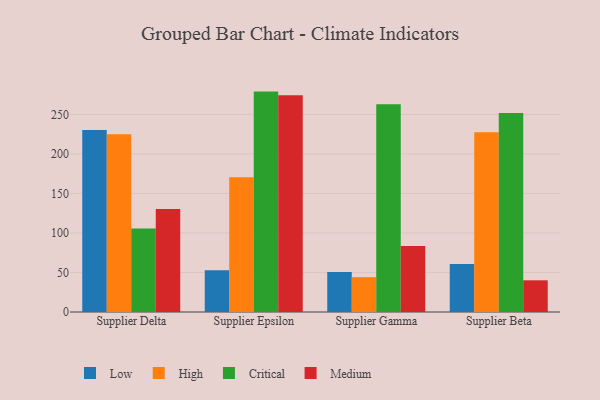
{"axis": {"x": "Supplier", "y": "Active Users"}, "legend": ["Critical", "High", "Low", "Medium"], "data": [{"x": "Supplier Delta", "y": 230.1, "type": "Low"}, {"x": "Supplier Delta", "y": 224.9, "type": "High"}, {"x": "Supplier Delta", "y": 105.6, "type": "Critical"}, {"x": "Supplier Delta", "y": 130.2, "type": "Medium"}, {"x": "Supplier Epsilon", "y": 52.9, "type": "Low"}, {"x": "Supplier Epsilon", "y": 170.4, "type": "High"}, {"x": "Supplier Epsilon", "y": 278.8, "type": "Critical"}, {"x": "Supplier Epsilon", "y": 274.3, "type": "Medium"}, {"x": "Supplier Gamma", "y": 50.7, "type": "Low"}, {"x": "Supplier Gamma", "y": 44.1, "type": "High"}, {"x": "Supplier Gamma", "y": 262.8, "type": "Critical"}, {"x": "Supplier Gamma", "y": 83.4, "type": "Medium"}, {"x": "Supplier Beta", "y": 60.7, "type": "Low"}, {"x": "Supplier Beta", "y": 227.5, "type": "High"}, {"x": "Supplier Beta", "y": 251.7, "type": "Critical"}, {"x": "Supplier Beta", "y": 40.1, "type": "Medium"}]}